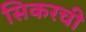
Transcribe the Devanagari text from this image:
सिकरची